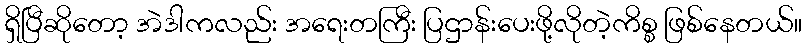
ရှိပြီဆိုတော့ အဲဒါကလည်း အရေးတကြီး ပြဌာန်းပေးဖို့လိုတဲ့ကိစ္စ ဖြစ်နေတယ်။